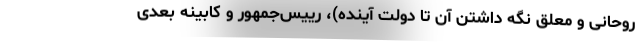
روحانی و معلق نگه داشتن آن تا دولت آینده)، رییس‌جمهور و کابینه بعدی